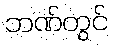
ဘဏ်တွင်